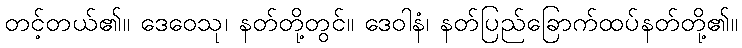
တင့်တယ်၏။ ဒေဝေသု၊ နတ်တို့တွင်။ ဒေဝါနံ၊ နတ်ပြည်ခြောက်ထပ်နတ်တို့၏။